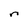
Character: n